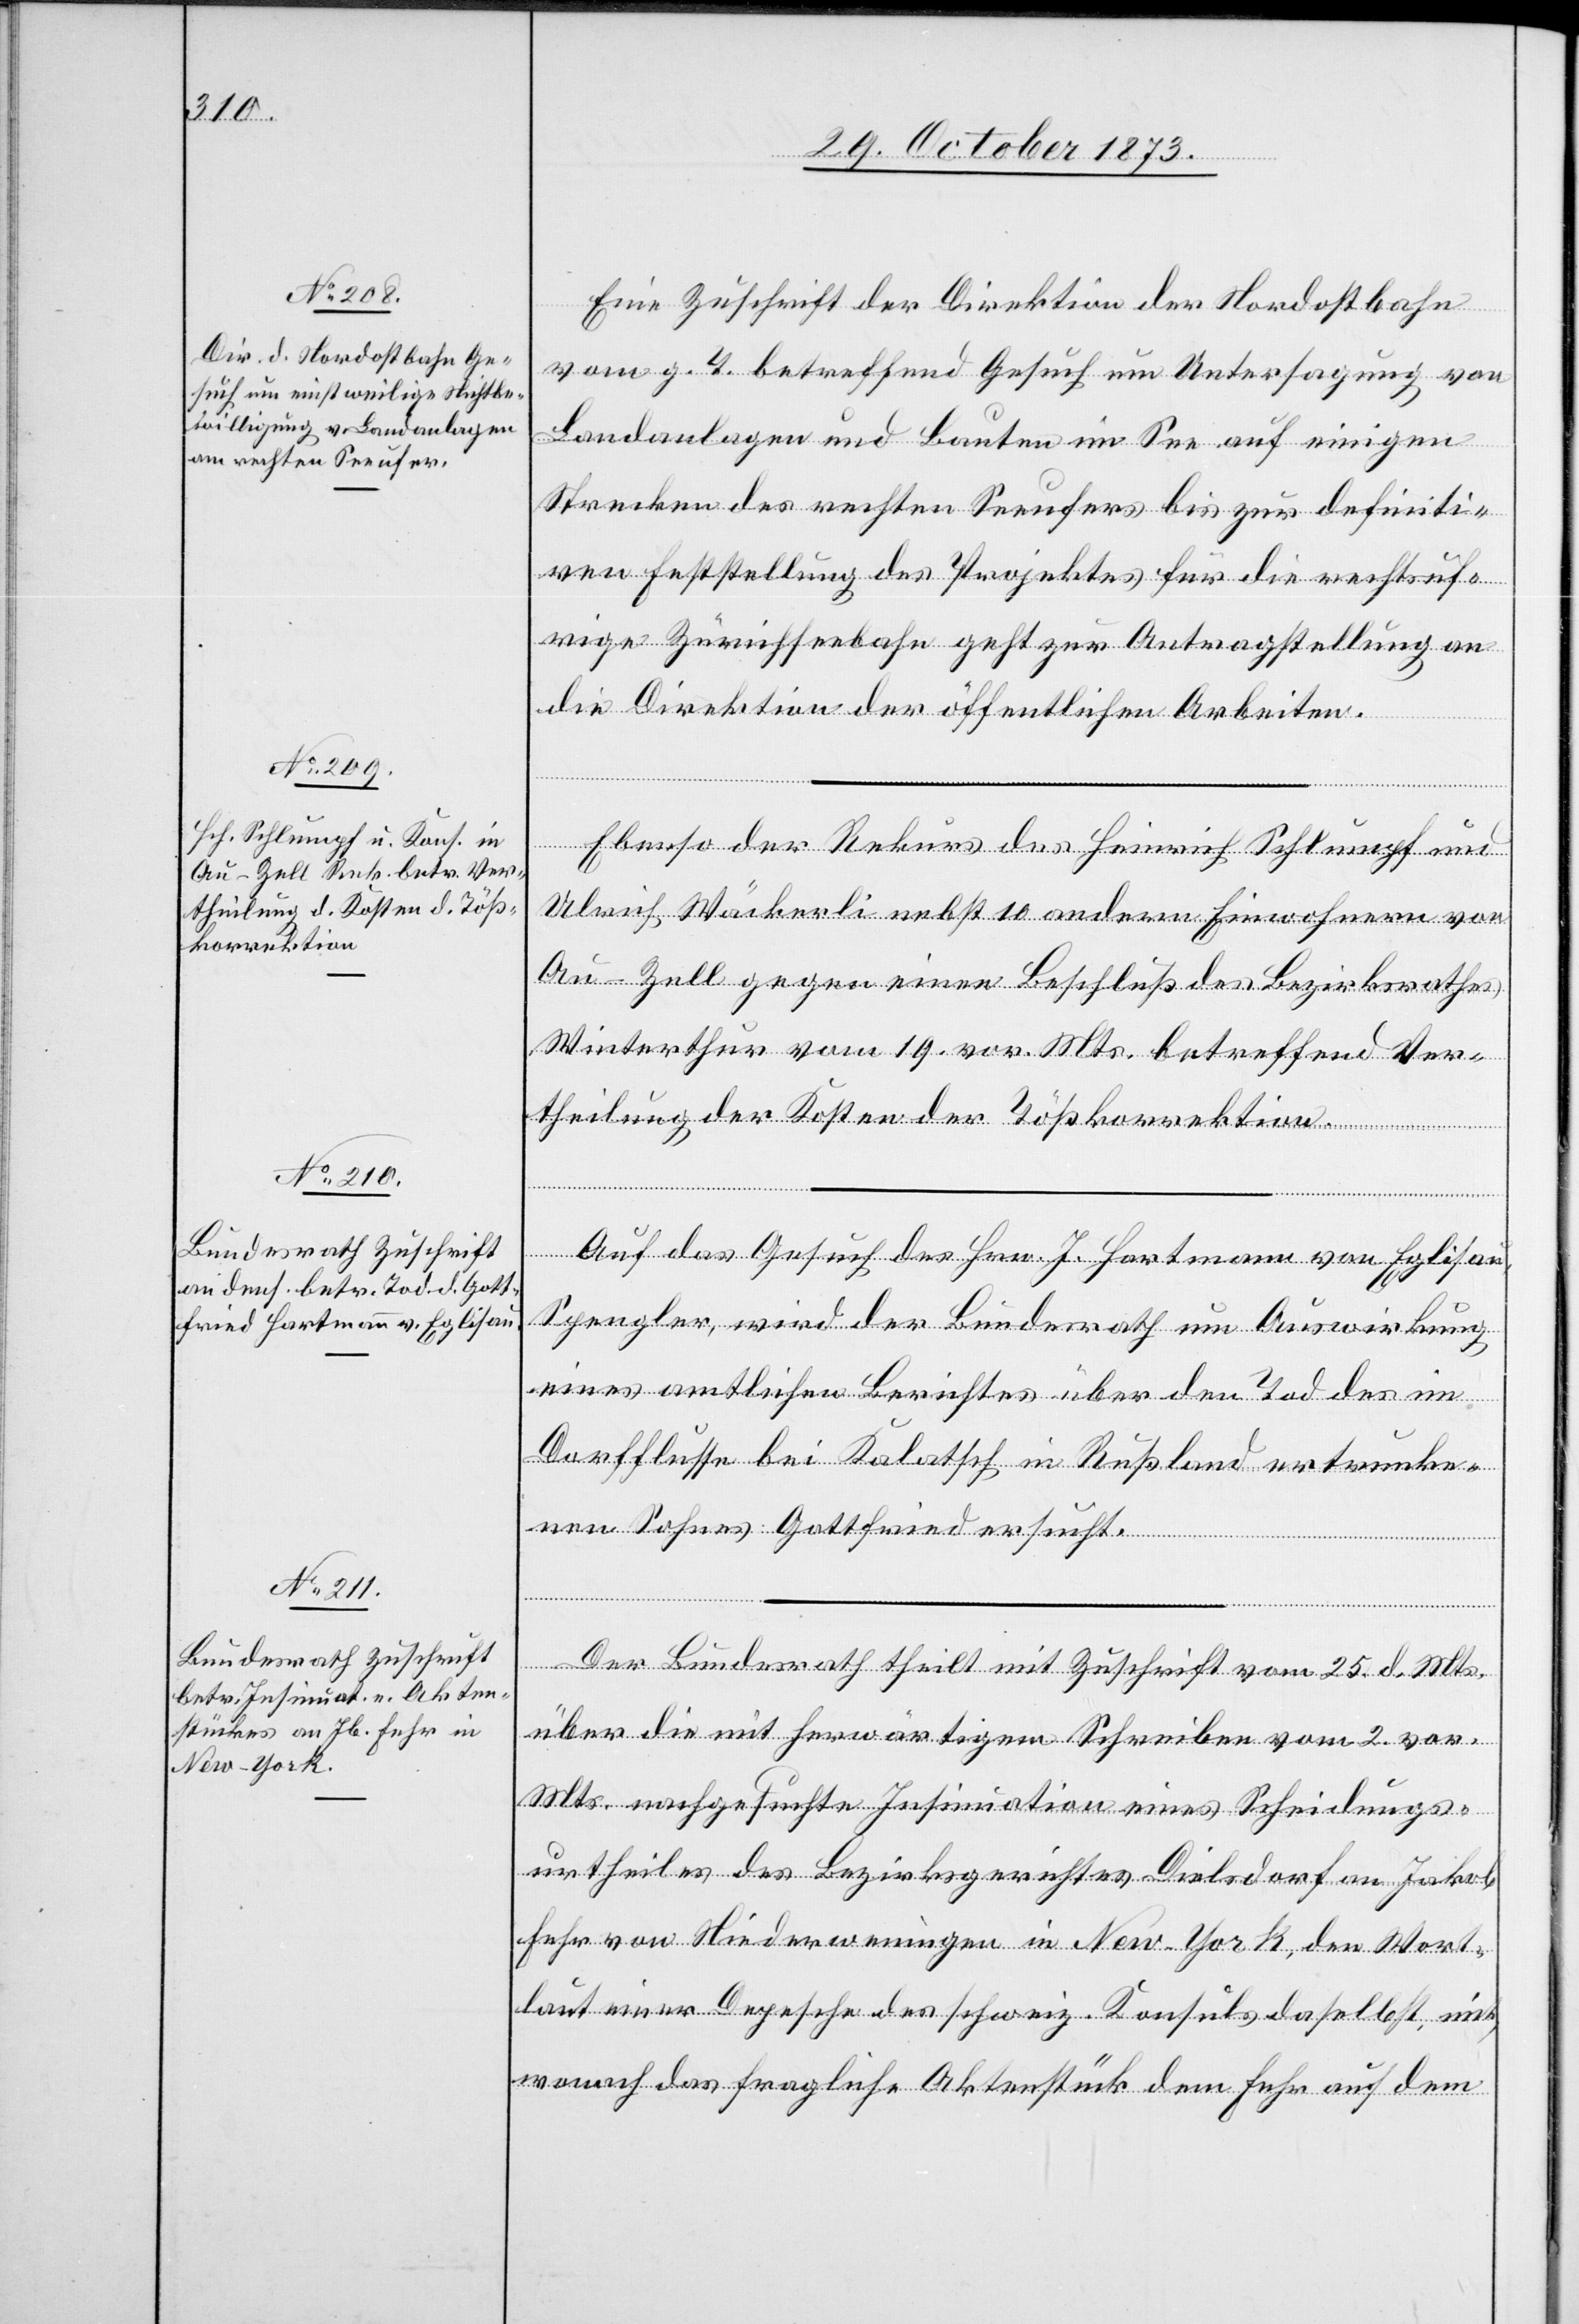
30. October 1873.]
Eine Zuschrift der Direktion der Nordostbahn
vom g. T. betreffend Gesuch um Untersagung von
Landanlagen und Bauten im See auf einigen
Strecken des rechten Seeufers bis zur definiti¬
ven Feststellung des Projektes für die rechtsuf¬
rige Zürichseebahn geht zur Antragstellung an
die Direktion der öffentlichen Arbeiten.
Ebenso der Rekurs des Heinrich Schlumpf und
Ulrich Wäckerli nebst 10 andern Einwohnern von
Au - Zell gegen einen Beschluß des Bezirksrathes
Winterthur vom 19. vor. Mts. betreffend Ver¬
theilung der Kosten der Tößkorrektion.
Auf das Gesuch des Hrn. J. Hartmann von Eglisau,
Spengler, wird der Bundesrath um Auswirkung
eines amtlichen Berichtes über den Tod des im
Dorfflusse bei Kalatsch in Rußland ertrunke¬
nen Sohnes Gottfried ersucht.
Der Bundesrath theilt mit Zuschrift vom 25. d. Mts.
über die mit herwärtigem Schreiben vom 2. vor.
Mts. nachgesuchte Insinuation eines Scheidungs¬
urtheiles des Bezirksgerichtes Dielsdorf an Jakob
Fehr von Niederweningen in New-York, den Wort¬
laut einer Depesche des schweiz. Konsuls daselbst mit,
wonach das fragliche Aktenstück dem Fehr auf dem